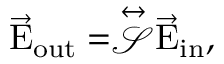
\vec { \mathrm { E } } _ { \mathrm { { o u t } } } = \stackrel { \leftrightarrow } { \mathcal { S } } \vec { \mathrm { E } } _ { \mathrm { { i n } } } ,